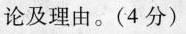
论及理由。(4分)